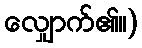
လျှောက်၏။)